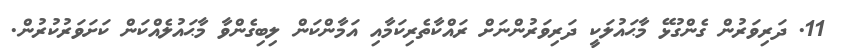
11. ދަރިވަރުން ގެންގުޅޭ މާޙައުލަކީ ދަރިވަރުންނަށް ރައްކާތެރިކަމާއި އަމާންކަން ލިބިގެންވާ މާޙައުލެއްކަން ކަށަވަރުކުރުން.